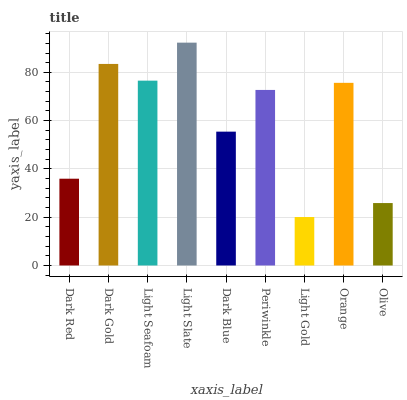
| xaxis_label | bars |
 | --- | --- |
 | Dark Red | 35.9 |
 | Dark Gold | 83.5 |
 | Light Seafoam | 76.6 |
 | Light Slate | 92.3 |
 | Dark Blue | 55.4 |
 | Periwinkle | 72.7 |
 | Light Gold | 20.1 |
 | Orange | 75.6 |
 | Olive | 25.9 |